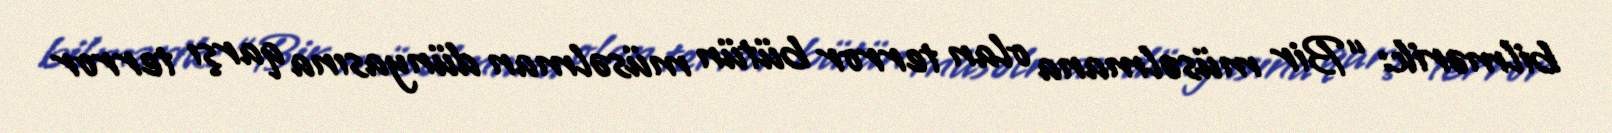
bilmərik: “Bir müsəlmana olan terror bütün müsəlman dünyasına qarşı terror